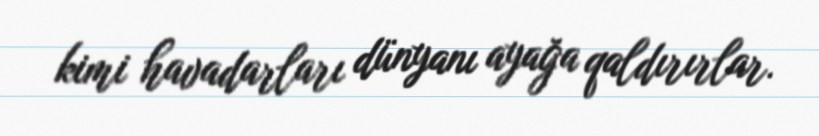
kimi havadarları dünyanı ayağa qaldırırlar.